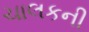
ચાલકની